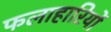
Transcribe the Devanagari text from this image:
फलाहारियों